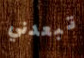
تبعدني